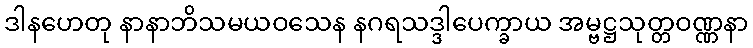
ဒါနဟေတု နာနာဘိသမယဝသေန နဂရသဒ္ဒါပေက္ခာယ အမ္ဗဋ္ဌသုတ္တဝဏ္ဏနာ